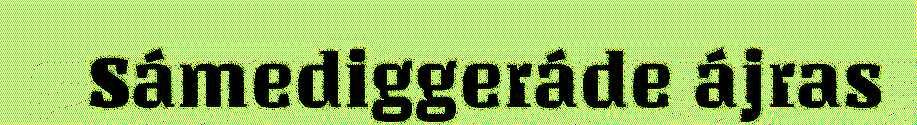
Sámediggeráde ájras